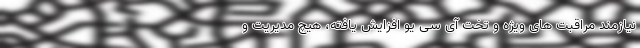
نیازمند مراقبت های ویژه و تخت آی سی یو افزایش یافته، هیچ مدیریت و